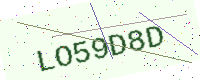
Text: LO59D8D